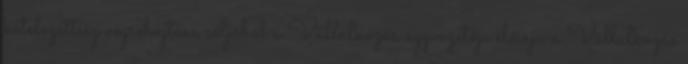
kötelezettség végrehajtása céljából a Vállalkozás ügyvezetője előírja a Vállalkozás